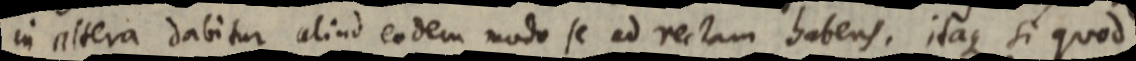
in altera dabitur aliud eodem modo se ad rectam habens. itaque si quod